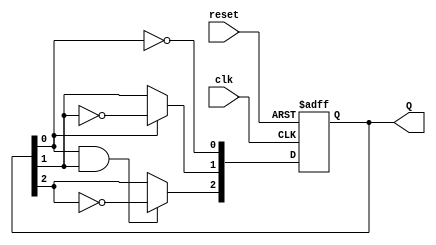
module ripple_counter (
    input wire clk,        // Clock input
    input wire reset,      // Asynchronous reset
    output reg [2:0] Q     // 3-bit output
);

// Flip-Flop behavior
always @(posedge clk or posedge reset) begin
    if (reset) begin
        Q <= 3'b000;      // Reset the counter to 0
    end else begin
        Q[0] <= ~Q[0];    // Toggle the least significant bit
        Q[1] <= Q[0] ? ~Q[1] : Q[1]; // Toggle the second bit on Q[0] transition
        Q[2] <= (Q[0] & Q[1]) ? ~Q[2] : Q[2]; // Toggle the third bit on Q[1] transition
    end
end

endmodule